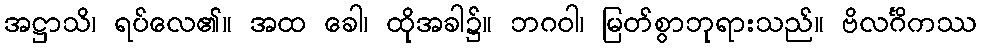
အဋ္ဌာသိ၊ ရပ်လေ၏။ အထ ခေါ၊ ထိုအခါ၌။ ဘဂဝါ၊ မြတ်စွာဘုရားသည်။ ဗိလင်္ဂိကဿ